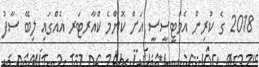
2018 ގެ ކުރިން އެމްޓީސީސީ އަށް ކޮންމެ ކްއާރޓަރ އެއްގައި ލިބޭ ސާފު